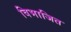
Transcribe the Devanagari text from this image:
विभाजित